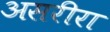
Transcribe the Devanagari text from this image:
असरीरा